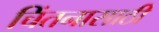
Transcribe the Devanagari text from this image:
चिंतनासाठी